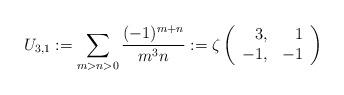
LaTeX: \begin{align*}U_{3,1}:=\sum_{m>n>0}\frac{(-1)^{m+n}}{m^3n}:=\zeta\left(\begin{array}{rr}3,&1\\-1,&-1\end{array}\right)\end{align*}